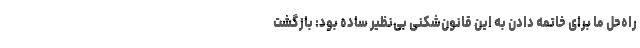
راه‌حل ما برای خاتمه دادن به این قانون‌شکنی بی‌نظیر ساده بود: بازگشت